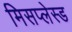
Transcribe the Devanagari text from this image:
मिसप्लेस्ड